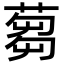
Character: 蒭